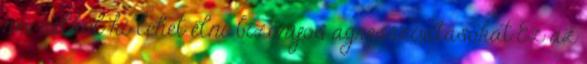
név nélkül ki lehet élni bizonyos agresszivításokat Ez az